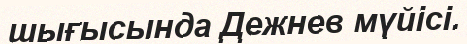
шығысында Дежнев мүйісі.